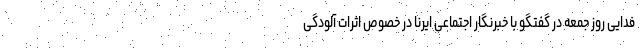
فدایی روز جمعه در گفتگو با خبرنگار اجتماعی ایرنا در خصوص اثرات آلودگی